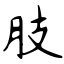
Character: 肢